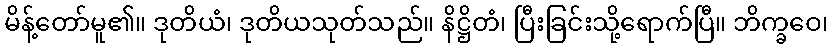
မိန့်တော်မူ၏။ ဒုတိယံ၊ ဒုတိယသုတ်သည်။ နိဋ္ဌိတံ၊ ပြီးခြင်းသို့ရောက်ပြီ။ ဘိက္ခဝေ၊